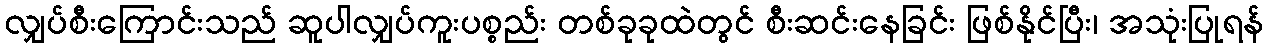
လျှပ်စီးကြောင်းသည် ဆူပါလျှပ်ကူးပစ္စည်း တစ်ခုခုထဲတွင် စီးဆင်းနေခြင်း ဖြစ်နိုင်ပြီး၊ အသုံးပြုရန်